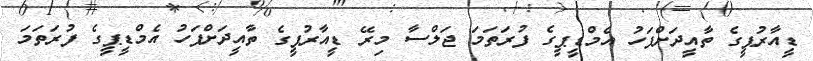
ޑީއާރުޕީގެ ތާއީދަށްފަހު އެމްޑީޕީގެ ފުރަތަމަ ޖަލްސާ މިރޭ ޑީއާރުޕީގެ ތާއީދަށްފަހު އެމްޑީޕީގެ ފުރަތަމަ